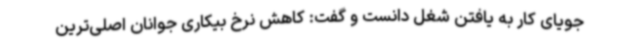
جویای کار به یافتن شغل دانست و گفت: کاهش نرخ بیکاری جوانان اصلی‌ترین